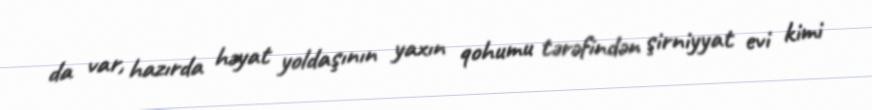
da var, hazırda həyat yoldaşının yaxın qohumu tərəfindən şirniyyat evi kimi